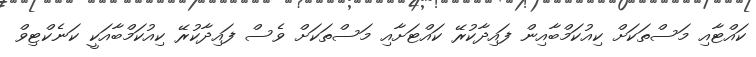
ކައްޓާއި މަސްތަކަށް ކިއުކަމްބާއިން ފައިދާކުރޭ ކައްޓަށާއި މަސްތަކަށް ވެސް ފައިދާކުރޭ ކިއުކަމްބާއަކީ ކަނެކްޓިވް